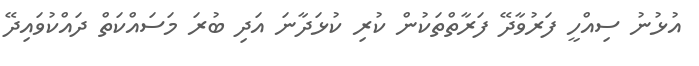
އުޅުނު ސިއްހީ ފަރުވާދޭ ފަރާތްތަކުން ކުރި ކުޅަދާނަ އަދި ބުރަ މަސައްކަތް ދައްކުވައިދޭ